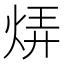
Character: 𬊊